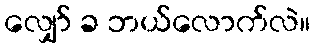
လျှော် ခ ဘယ်လောက်လဲ။